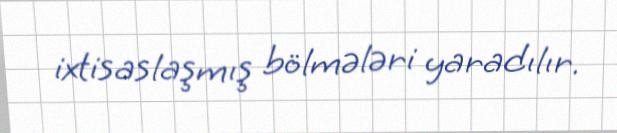
ixtisaslaşmış bölmələri yaradılır.